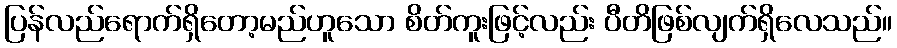
ပြန်လည်ရောက်ရှိတော့မည်ဟူသော စိတ်ကူးဖြင့်လည်း ပီတိဖြစ်လျက်ရှိလေသည်။